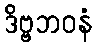
ဒိဗ္ဗဘဝနံ